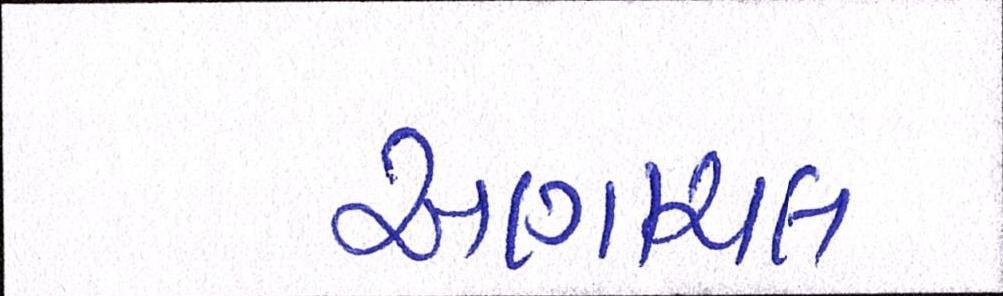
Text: અણાચલ